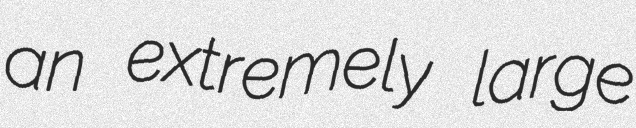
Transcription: an extremely large